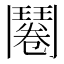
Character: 𮫔